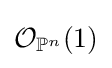
{\mathcal {O}}_{\mathbb {P} ^{n}}(1)